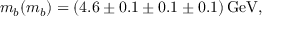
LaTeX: m _ { b } ( m _ { b } ) = ( 4 . 6 \pm 0 . 1 \pm 0 . 1 \pm 0 . 1 ) \, \mathrm { G e V } ,